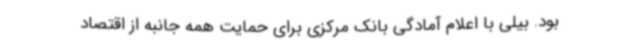
بود. بیلی با اعلام آمادگی بانک مرکزی برای حمایت همه جانبه از اقتصاد